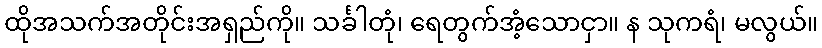
ထိုအသက်အတိုင်းအရှည်ကို။ သင်္ခါတုံ၊ ရေတွက်အံ့သောငှာ။ န သုကရံ၊ မလွယ်။